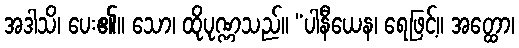
အဒါသိ၊ ပေး၏။ သော၊ ထိုပုဏ္ဏသည်။ “ပါနီယေန၊ ရေဖြင့်။ အတ္ထော၊